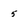
Character: 5